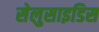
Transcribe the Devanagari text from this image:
सेलुसाइडिस